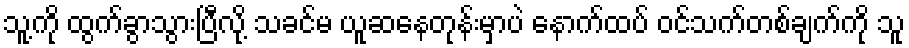
သူ့ကို ထွက်ခွာသွားပြီလို့ သခင်မ ယူဆနေတုန်းမှာပဲ နောက်ထပ် ဝင်သက်တစ်ချက်ကို သူ